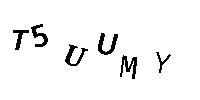
T5UUMY